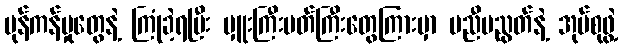
ပုန်ကန်မှုတွေနဲ့ ကြုံခဲ့ရပြီး မှူးကြီးမတ်ကြီးတွေကြားမှာ မညီမညွတ်နဲ့ အုပ်စုဖွဲ့